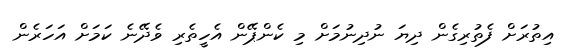
އިތުރަށް ފެތުރިގެން ދިޔަ ނުދިނުމަށް މި ކެންޕޭން އެހީތެރި ވެދޭނެ ކަމަށް އަހަރެން